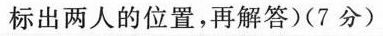
标出两人的位置，再解答)(7分)